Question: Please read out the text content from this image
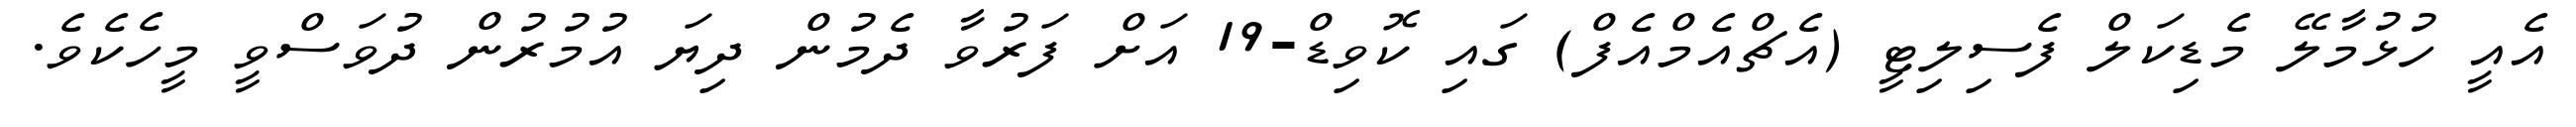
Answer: އެއީ ހުޅުމާލޭ މެޑިކަލް ފެސިލިޓީ (އެޗްއެމްއެފް) ގައި ކޮވިޑް-19 އަށް ފަރުވާ ދެމުން ދިޔަ އުމުރުން ދުވަސްވީ މީހެކެވެ.